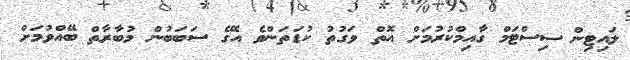
ލައިޓިން ސިސްޓަމް ގާއިމްކުރުމަށް އޮތް ވަގުތު ކުޑަތަންވެ އޭގެ ސަބަބުން މުބާރާތް ބޭއްވުމަށް